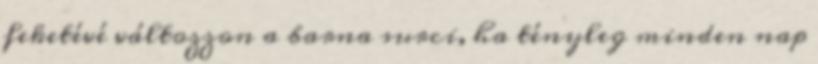
feketévé változzon a barna surci, ha tényleg minden nap